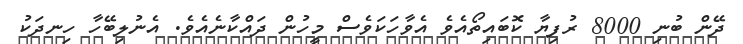
ދޭން ބުނި 8000 ރުފިޔާ ކޮބައިތޯއެވެ އެވާހަކަވެސް މީހުން ދައްކާނެއެވެ. އެނުލިބޭހާ ހިނދަކު